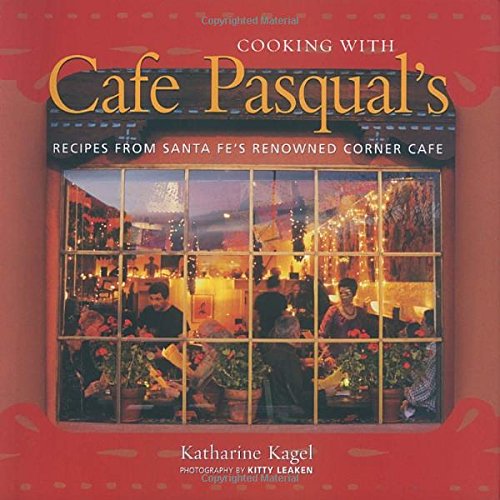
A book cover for Cooking with Cafe Pasqual's: Recipes from Santa Fe's Renowned Corner Cafe; Katharine Kagel; Cookbooks, Food & Wine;